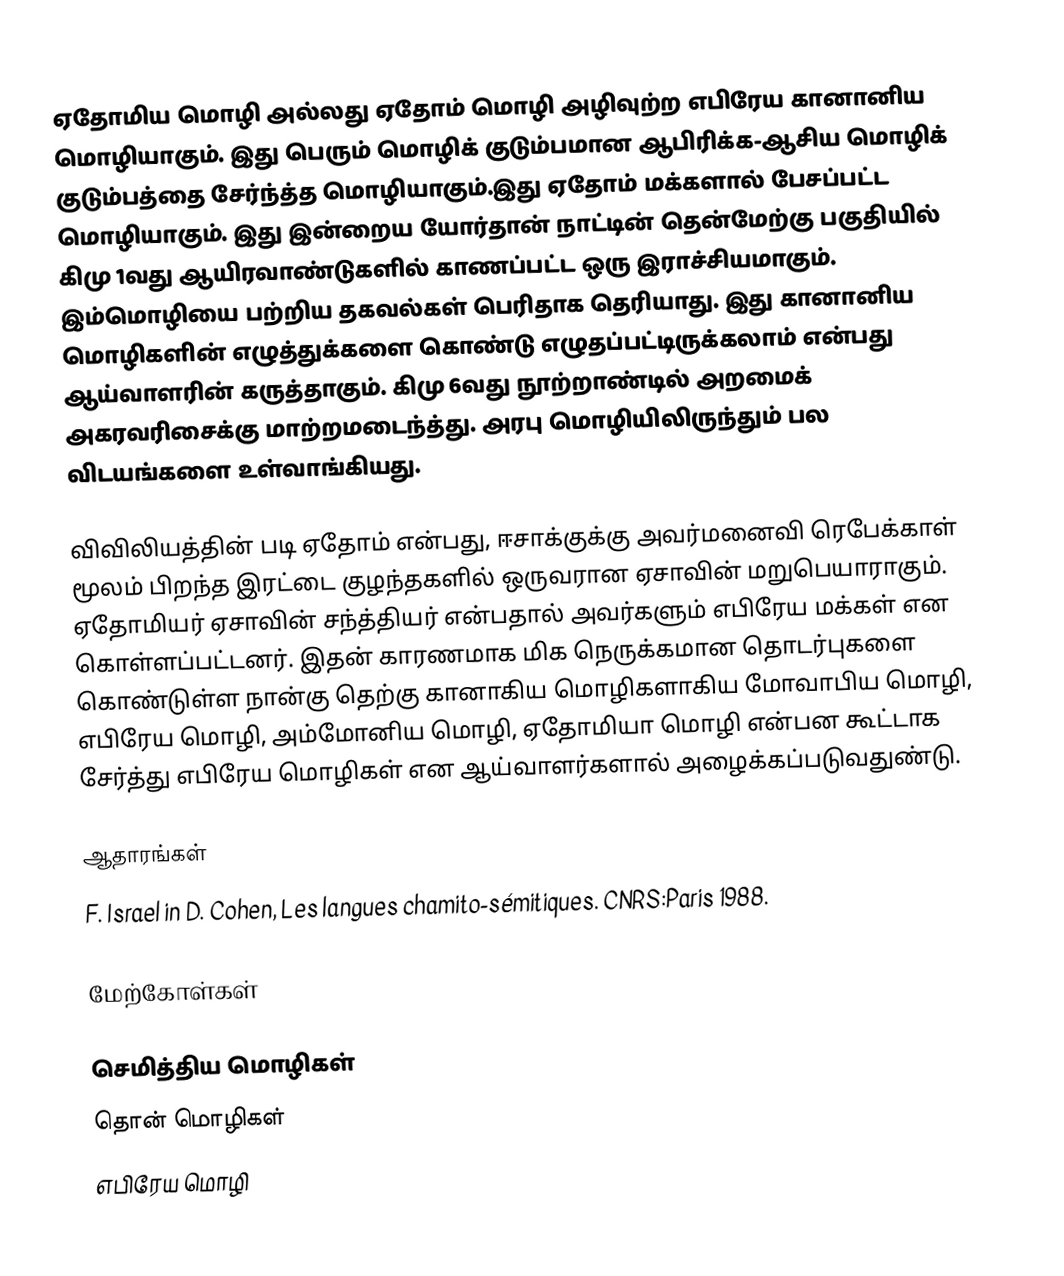
ஏதோமிய மொழி அல்லது ஏதோம் மொழி அழிவுற்ற எபிரேய கானானிய மொழியாகும். இது பெரும் மொழிக் குடும்பமான ஆபிரிக்க-ஆசிய மொழிக் குடும்பத்தை சேர்ந்த்த மொழியாகும்.இது ஏதோம் மக்களால் பேசப்பட்ட மொழியாகும். இது இன்றைய யோர்தான் நாட்டின் தென்மேற்கு பகுதியில் கிமு 1வது ஆயிரவாண்டுகளில் காணப்பட்ட ஒரு இராச்சியமாகும். இம்மொழியை பற்றிய தகவல்கள் பெரிதாக தெரியாது. இது கானானிய மொழிகளின் எழுத்துக்களை கொண்டு எழுதப்பட்டிருக்கலாம் என்பது ஆய்வாளரின் கருத்தாகும். கிமு 6வது நூற்றாண்டில் அறமைக் அகரவரிசைக்கு மாற்றமடைந்த்து. அரபு மொழியிலிருந்தும் பல விடயங்களை உள்வாங்கியது.

விவிலியத்தின் படி ஏதோம் என்பது, ஈசாக்குக்கு அவர்மனைவி ரெபேக்காள் மூலம் பிறந்த இரட்டை குழந்தகளில் ஒருவரான ஏசாவின் மறுபெயாராகும். ஏதோமியர் ஏசாவின் சந்த்தியர் என்பதால் அவர்களும் எபிரேய மக்கள் என கொள்ளப்பட்டனர். இதன் காரணமாக மிக நெருக்கமான தொடர்புகளை கொண்டுள்ள நான்கு தெற்கு கானாகிய மொழிகளாகிய மோவாபிய மொழி, எபிரேய மொழி, அம்மோனிய மொழி, ஏதோமியா மொழி என்பன கூட்டாக சேர்த்து எபிரேய மொழிகள் என ஆய்வாளர்களால் அழைக்கப்படுவதுண்டு.

ஆதாரங்கள்
 F. Israel in D. Cohen, Les langues chamito-sémitiques. CNRS:Paris 1988.

மேற்கோள்கள்

செமித்திய மொழிகள்
தொன் மொழிகள்
எபிரேய மொழி